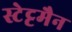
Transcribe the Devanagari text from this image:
स्टेट्टमैन